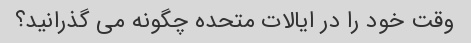
وقت خود را در ایالات متحده چگونه می گذرانید؟